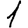
Digit: 1